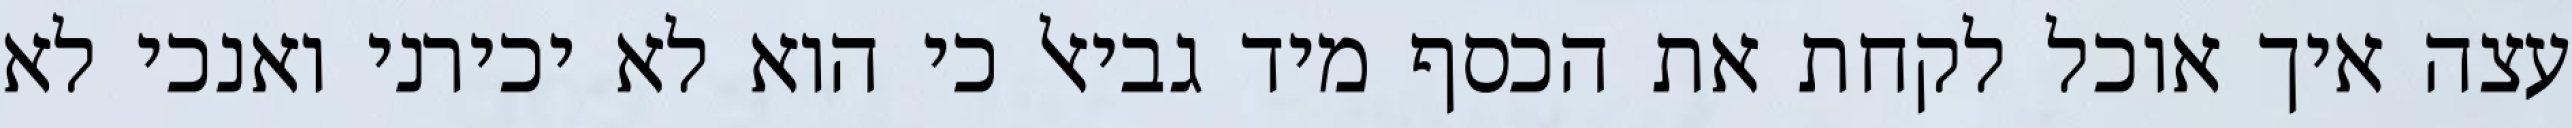
עצה איך אוכל לקחת את הכסף מיד גביאל כי הוא לא יכירני ואנכי לא